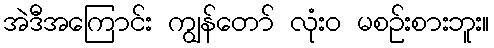
အဲဒီအကြောင်း ကျွန်တော် လုံးဝ မစဉ်းစားဘူး။